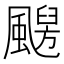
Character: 𩘦